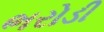
ભરોડી